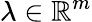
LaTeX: \lambda\in\mathbb{R}^{m}